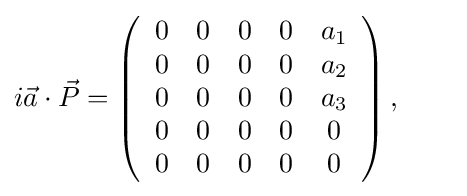
i{\vec {a}}\cdot {\vec {P}}=\left({\begin{array}{ccccc}0&0&0&0&a_{1}\\0&0&0&0&a_{2}\\0&0&0&0&a_{3}\\0&0&0&0&0\\0&0&0&0&0\\\end{array}}\right),\qquad